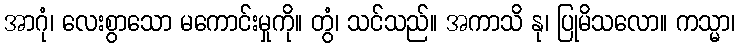
အာဂုံ၊ လေးစွာသော မကောင်းမှုကို။ တွံ၊ သင်သည်။ အကာသိ နု၊ ပြုမိသလော။ ကသ္မာ၊